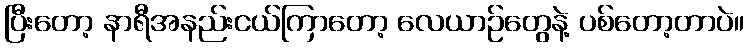
ပြီးတော့ နာရီအနည်းငယ်ကြာတော့ လေယာဉ်တွေနဲ့ ပစ်တော့တာပဲ။